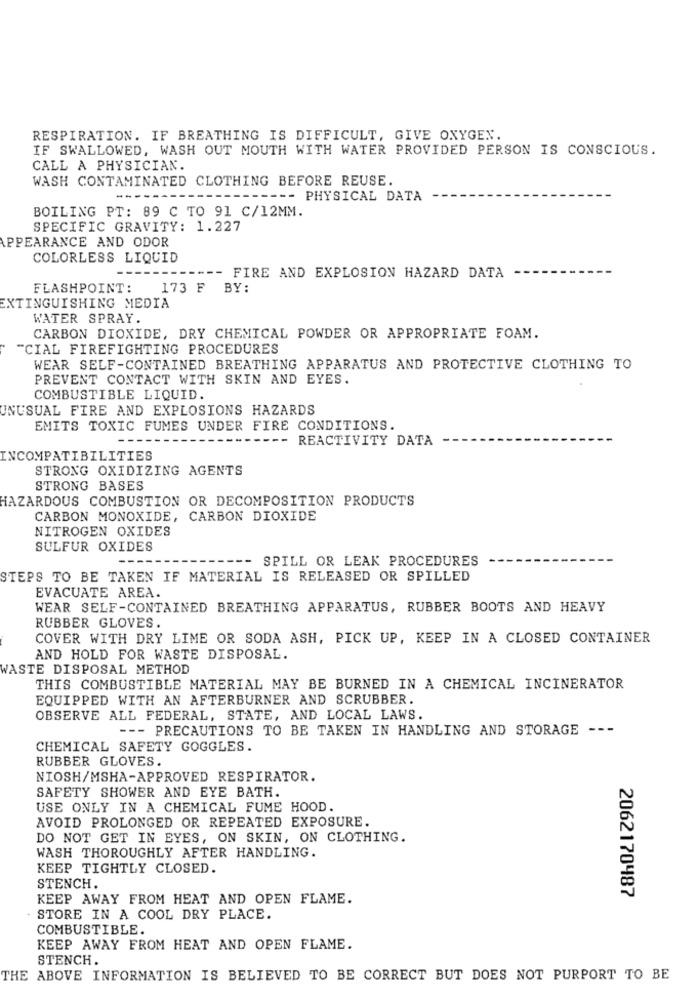
RESPIRATION. IF BREATHING IS DIFFICULT, GIVE OXYGEN.
IF SWALLOWED, WASH OUT MOUTH WITH WATER PROVIDED PERSON IS CONSCIOUS.
CALL A PHYSICIAN.
WASH CONTAMINATED CLOTHING BEFORE REUSE.
------ PHYSICAL DATA
BOILING PT: 89 C TO 91 C/12MM.
SPECIFIC GRAVITY: 1.227
APPEARANCE AND ODOR
COLORLESS LIQUID
--
FIRE AND EXPLOSION HAZARD DATA
FLASHPOINT:
173 F
BY:
EXTINGUISHING MEDIA
WATER SPRAY
CARBON DIOXIDE, DRY CHEMICAL POWDER OR APPROPRIATE FOAM.
"CIAL FIREFIGHTING PROCEDURES
WEAR SELF-CONTAINED BREATHING APPARATUS AND PROTECTIVE CLOTHING TO
PREVENT CONTACT WITH SKIN AND EYES.
COMBUSTIBLE LIQUID.
UNUSUAL FIRE AND EXPLOSIONS HAZARDS
EMITS TOXIC FUMES UNDER FIRE CONDITIONS.
REACTIVITY DATA
INCOMPATIBILITIES
STRONG OXIDIZING AGENTS
STRONG BASES
HAZARDOUS COMBUSTION OR DECOMPOSITION PRODUCTS
CARBON MONOXIDE, CARBON DIOXIDE
NITROGEN OXIDES
SULFUR OXIDES
SPILL OR LEAK PROCEDURES
STEPS TO BE TAKEN IF MATERIAL IS RELEASED OR SPILLED
EVACUATE AREA.
WEAR SELF-CONTAINED BREATHING APPARATUS, RUBBER BOOTS AND HEAVY
RUBBER GLOVES.
COVER WITH DRY LIME OR SODA ASH, PICK UP, KEEP IN A CLOSED CONTAINER
AND HOLD FOR WASTE DISPOSAL.
WASTE DISPOSAL METHOD
THIS COMBUSTIBLE MATERIAL MAY BE BURNED IN A CHEMICAL INCINERATOR
EQUIPPED WITH AN AFTERBURNER AND SCRUBBER.
OBSERVE ALL FEDERAL, STATE, AND LOCAL LAWS.
--- PRECAUTIONS TO BE TAKEN IN HANDLING AND STORAGE ---
CHEMICAL SAFETY GOGGLES.
RUBBER GLOVES.
NIOSH/MSHA-APPROVED RESPIRATOR.
SAFETY SHOWER AND EYE BATH.
USE ONLY IN A CHEMICAL FUME HOOD.
AVOID PROLONGED OR REPEATED EXPOSURE.
DO NOT GET IN EYES, ON SKIN, ON CLOTHING.
WASH THOROUGHLY AFTER HANDLING.
KEEP TIGHTLY CLOSED.
STENCH.
2062170487
KEEP AWAY FROM HEAT AND OPEN FLAME.
STORE IN A COOL DRY PLACE.
COMBUSTIBLE.
KEEP AWAY FROM HEAT AND OPEN FLAME.
STENCH.
THE ABOVE INFORMATION IS BELIEVED TO BE CORRECT BUT DOES NOT PURPORT TO BE